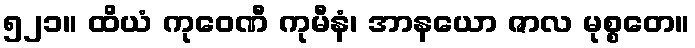
၅၂၁။ ထိယံ ကုဝေဏီ ကုမီနံ၊ အာနယော ဇာလ မုစ္စတေ။